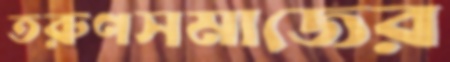
তরুণসমাজের